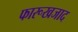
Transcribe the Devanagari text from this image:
फारूखजाद